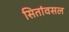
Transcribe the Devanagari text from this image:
सितांवसल